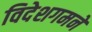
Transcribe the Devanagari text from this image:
विदेशगमने